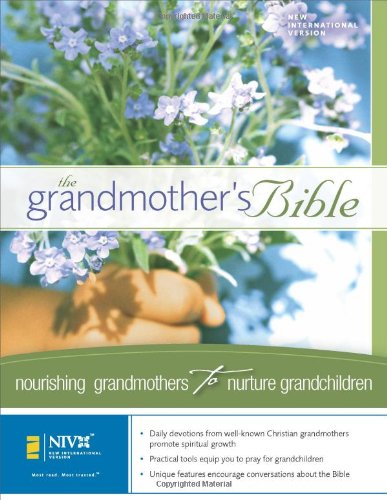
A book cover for The Grandmother's Bible; Parenting & Relationships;